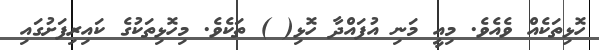
ހޮޅިތަކެއް ވެއެވެ. މިއީ މަނި އުފައްދާ ހޮޅި( ) ތަކެވެ. މިހޮޅިތަކުގެ ކައިރިފަށުގައި